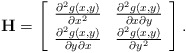
\begin{align*}\mathbf{H}=\left[\begin{array}{cc}\frac{\partial^2{g(x,y)}}{\partial{x^2}}&\frac{\partial^2{g(x,y)}}{\partial{x}\partial{y}}\\\frac{\partial^2{g(x,y)}}{\partial{y}\partial{x}}&\frac{\partial^2{g(x,y)}}{\partial{y^2}}\end{array}\right]. \end{align*}